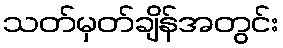
သတ်မှတ်ချိန်အတွင်း